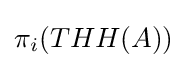
\pi _{i}(THH(A))